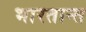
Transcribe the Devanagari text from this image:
भारतान्त